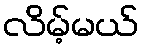
လိမ့်မယ်